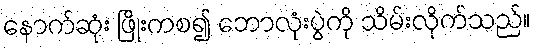
နောက်ဆုံး ဖြိုးကစ၍ ဘောလုံးပွဲကို သိမ်းလိုက်သည်။